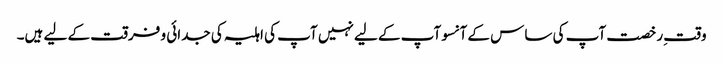
وقتِ رخصت آپ کی ساس کے آنسوآپ کے لیے نہیں آپ کی اہلیہ کی جدائی و فرقت کے لیے ہیں۔